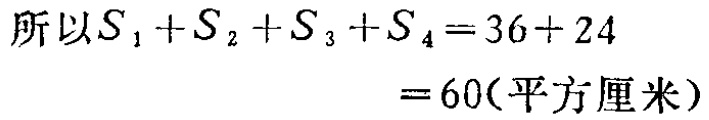
\[

\begin{align*}

\text{所以}S_{1}+S_{2}+S_{3}+S_{4}&=36 + 24\\

&=60(\text{平方厘米})

\end{align*}

\]